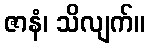
ဇာနံ၊ သိလျက်။